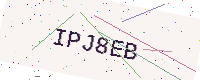
Text: IPJ8EB